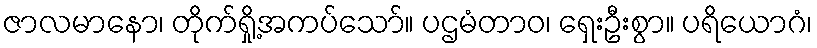
ဇာလမာနော၊ တိုက်ရှို့အကပ်သော်။ ပဌမံတာဝ၊ ရှေးဦးစွာ။ ပရိယောဂံ၊